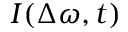
I ( \Delta \omega , t )